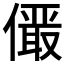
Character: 𪝫